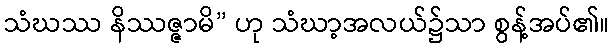
သံဃဿ နိဿဇ္ဇာမိ” ဟု သံဃာ့အလယ်၌သာ စွန့်အပ်၏။